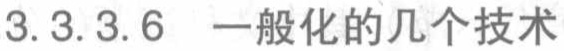
3.3.3.6  一般化的几个技术